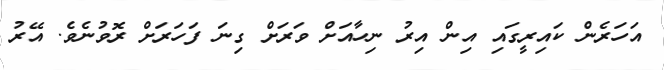
އަހަރެން ކައިރީގައި އިން އިރު ނިހާއަށް ވަރަށް ގިނަ ފަހަރަށް ރޮވުނެވެ. އޭރު